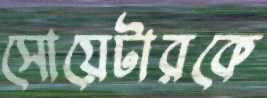
সোয়েটারকে